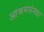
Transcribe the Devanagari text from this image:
आश्रमसंस्था